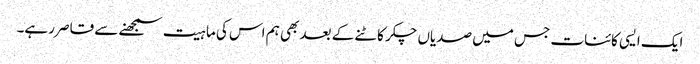
ایک ایسی کائنات جس میں صدیاں چکر کاٹنے کے بعد بھی ہم اس کی ماہیت سمجھنے سے قاصر رہے۔